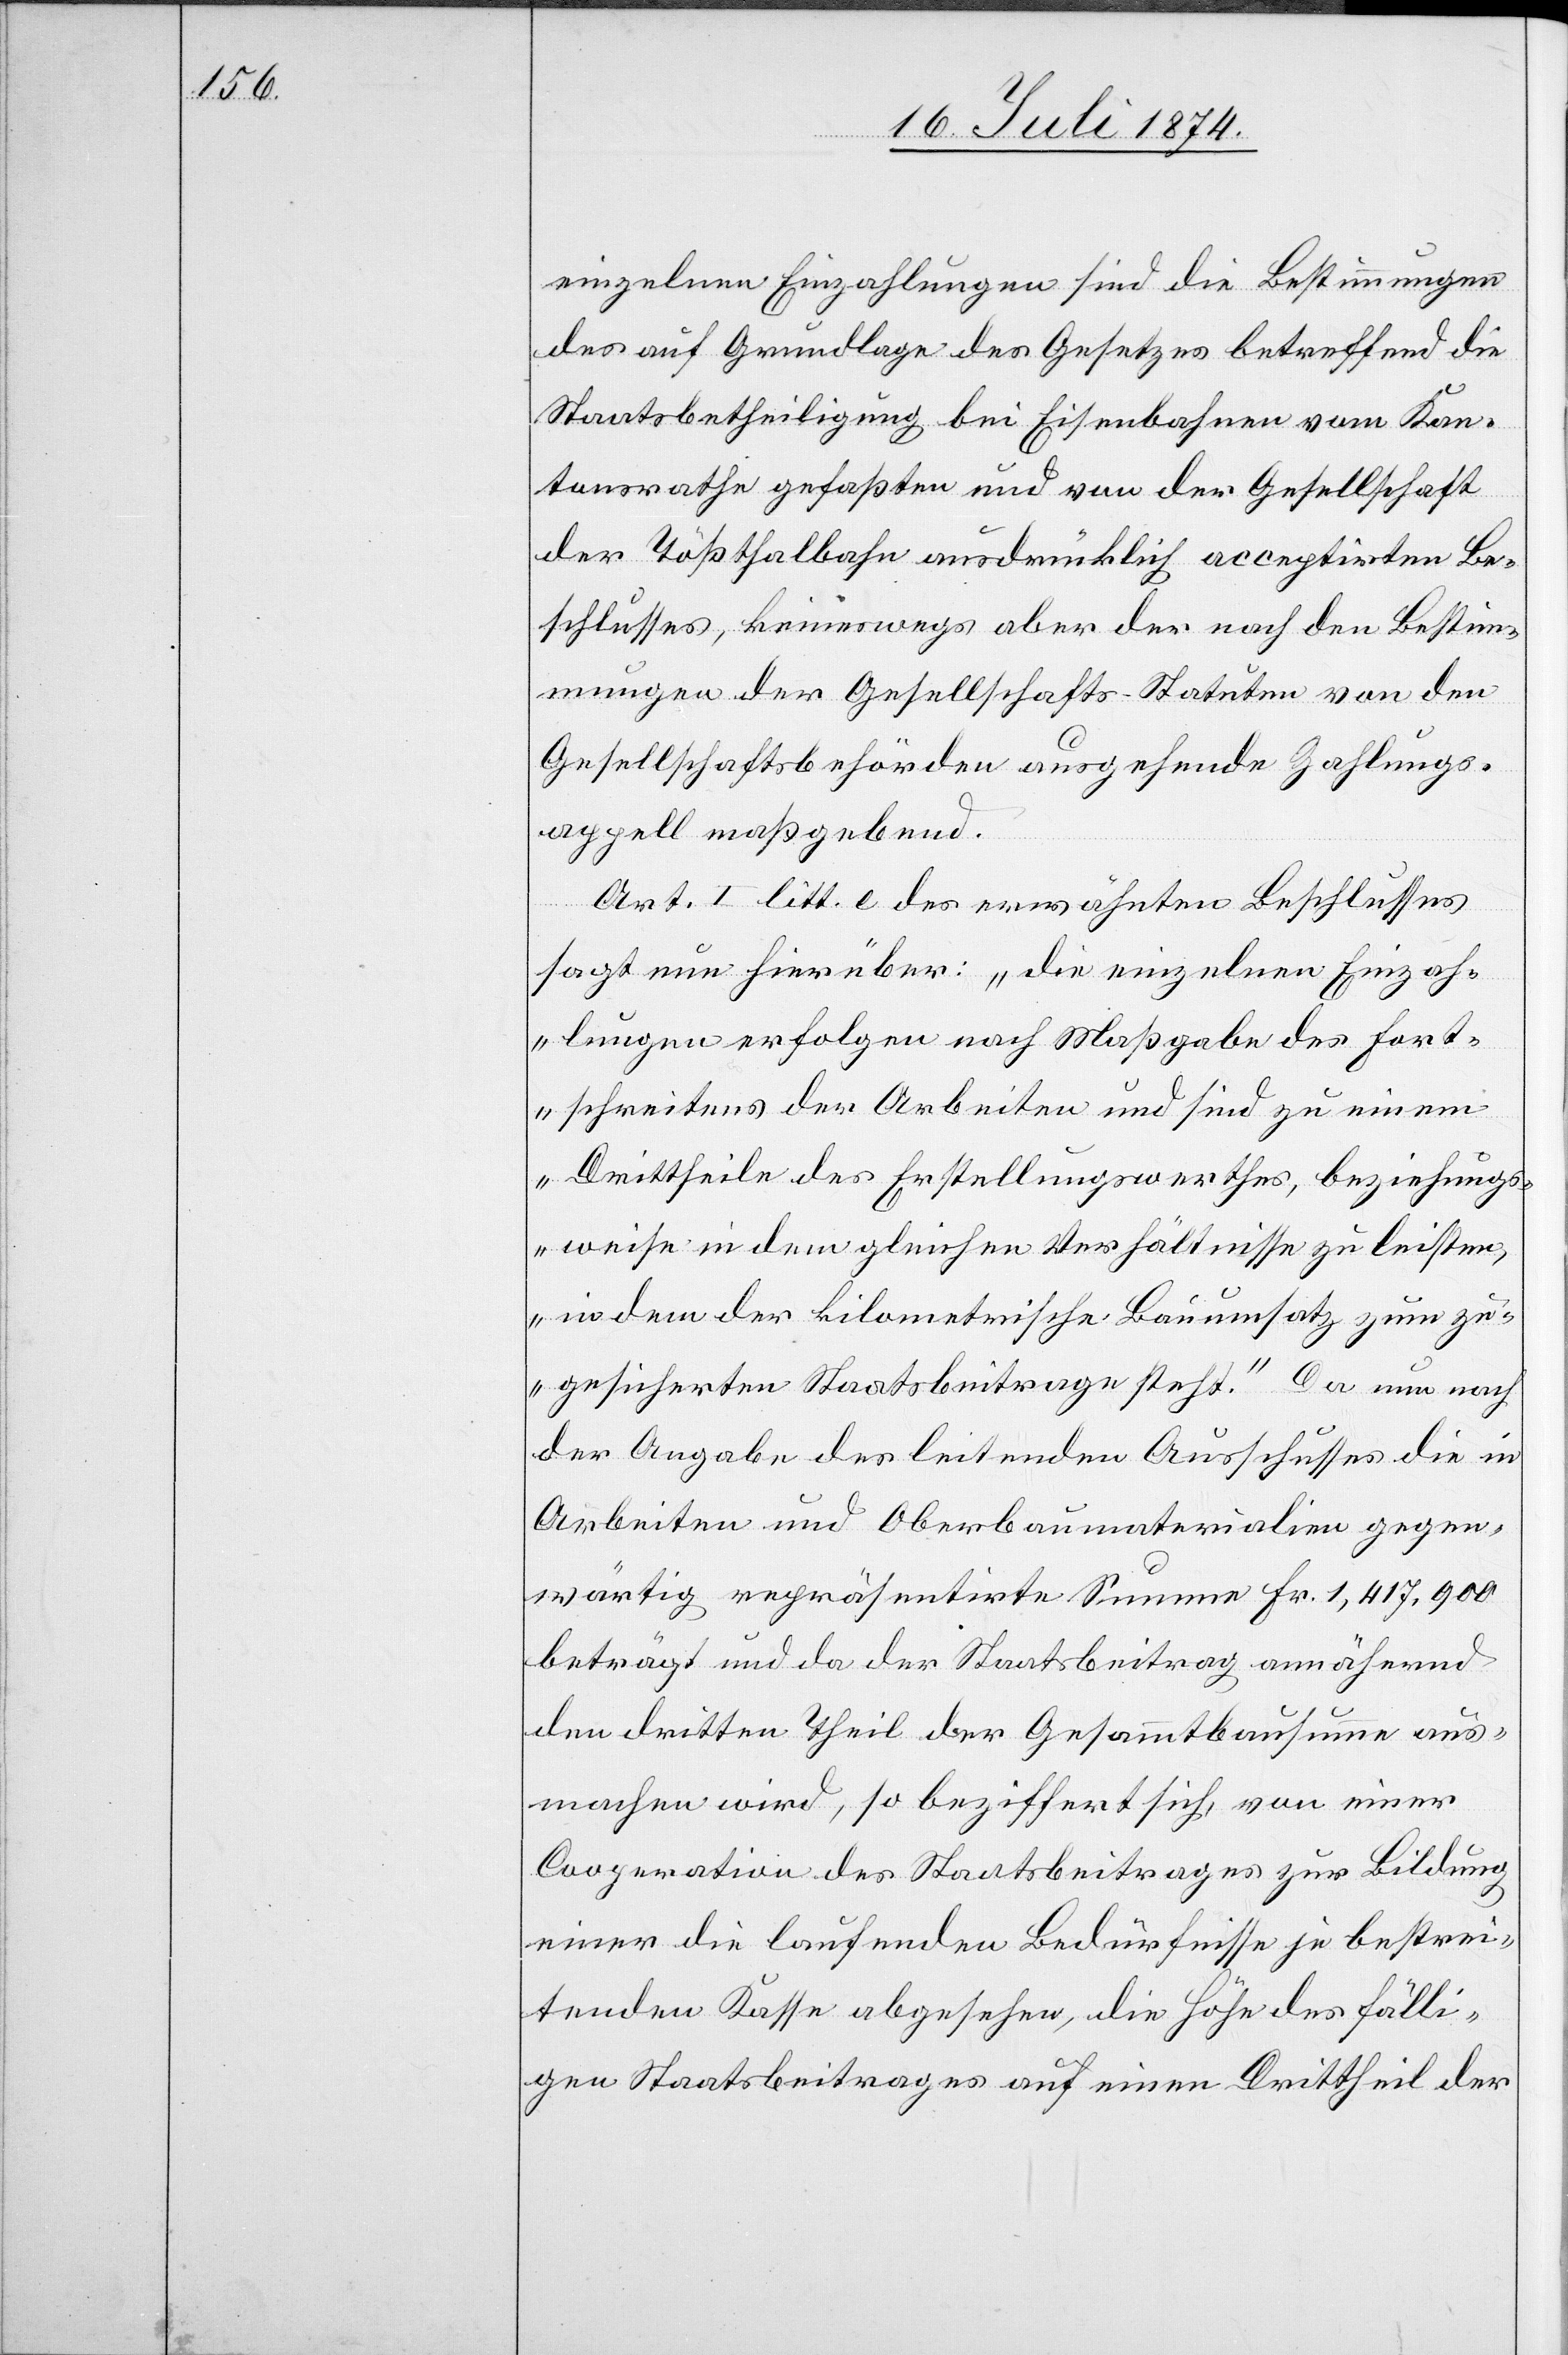
einzelnen Einzahlungen sind die Bestimmungen
des auf Grundlage des Gesetzes betreffend die
Staatsbetheiligung bei Eisenbahnen vom Kan¬
tonsrathe gefaßten und von der Gesellschaft
der Tößthalbahn ausdrücklich acceptirten Be¬
schlusses, keineswegs aber der nach den Bestim¬
mungen der Gesellschafts-Statuten von den
Gesellschaftsbehörden ausgehende Zahlungs¬
appell maßgebend.
Art. I litt. e des erwähnten Beschlusses
sagt nun hierüber: „die einzelnen Einzah¬
lungen erfolgen nach Maßgabe des Fort¬
schreitens der Arbeiten und sind zu einem
Drittheile des Erstellungswerthes, beziehungs¬
weise in dem gleichen Verhältnisse zu leisten,
indem der kilometrische Bauumsatz zum zu¬
gesicherten Staatsbeitrage steht.“ Da nun nach
der Angabe des leitenden Ausschusses die in
Arbeiten und Oberbaumaterialien gegen¬
wärtig repräsentirte Summe Fr. 1,417,900
beträgt und da der Staatsbeitrag annähernd
den dritten Theil der Gesammtbausumme aus¬
machen wird, so beziffert sich, von einer
Cooperation des Staatsbeitrages zur Bildung
einer die laufenden Bedürfnisse je bestrei¬
tenden Kasse abgesehen, die Höhe des fälli¬
gen Staatsbeitrages auf einen Drittheil der